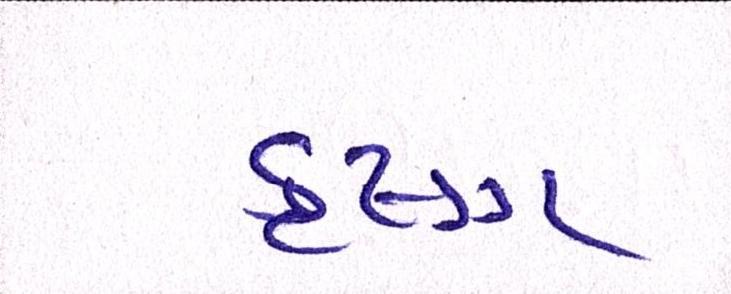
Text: કૃષ્ણ